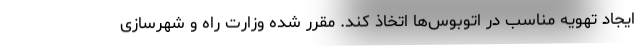
ایجاد تهویه مناسب در اتوبوس‌ها اتخاذ کند. مقرر شده وزارت راه و شهرسازی